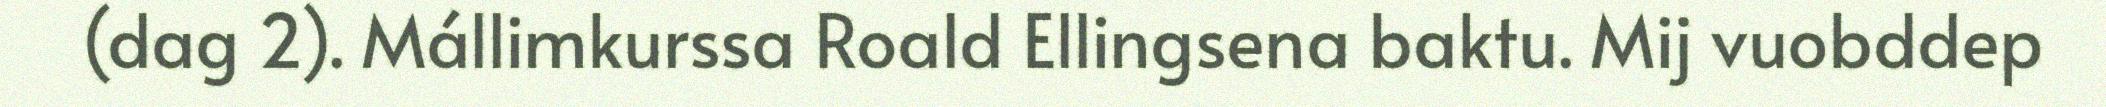
(dag 2). Mállimkurssa Roald Ellingsena baktu. Mij vuobddep